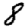
Digit: 8